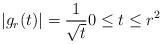
LaTeX: \begin{align*}|g_r(t)| = \frac{1}{\sqrt t } 0\leq t \leq r^2 \end{align*}